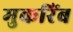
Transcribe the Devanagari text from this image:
मुकरिंब